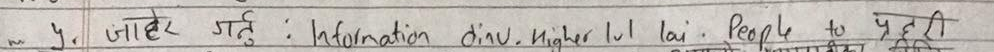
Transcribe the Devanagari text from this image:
४. जानकारी गतुः Information disu Right to law: people to प्रहरी